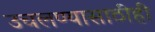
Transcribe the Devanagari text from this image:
उचलण्यासाठीही